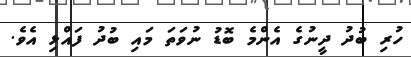
ހުރި ބުދު ދީނުގެ އެންމެ ބޮޑު ނުވަތަ މައި ބުދު ފައްޅި އެވެ.